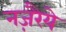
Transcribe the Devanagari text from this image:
नज़रैये